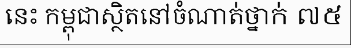
នេះ កម្ពុជាស្ថិតនៅចំណាត់ថ្នាក់ ៧៥